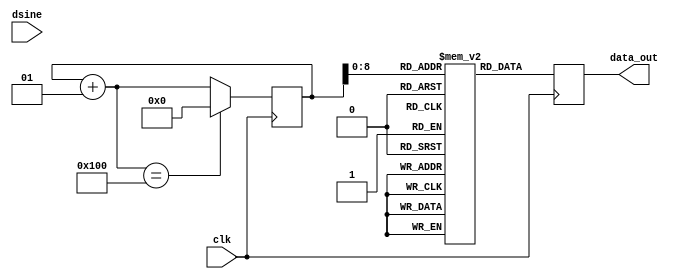
module inderjit_d_sine(clk, dsine, data_out);
//declare input and output
    input clk;
    input dsine; 
    output [7:0] data_out;
//8 bit Sine lookup table   
    reg [7:0] sine [0:256];
//Internal signals  
    integer i;  
    reg [7:0] data_out; 
 //Initialize the sine values with samples. 

        initial begin
        i = 0;
        sine[0] = 0;
        sine[1] = 2;
        sine[2] = 5;
        sine[3] = 7;
        sine[4] = 10;
        sine[5] = 12;
        sine[6] = 15;
        sine[7] = 17;
        sine[8] = 19;
        sine[9] = 22;
        sine[10] = 24;
        sine[11] = 27;
        sine[12] = 29;
        sine[13] = 31;
        sine[14] = 34;
        sine[15] = 36;
        sine[16] = 39;
         sine[17] = 40;
        sine[18] = 43;
        sine[19] = 45;
        sine[20] = 47;
        sine[21] = 49;
        sine[22] = 51;
        sine[23] = 53;
        sine[24] = 55;
        sine[25] = 57;
        sine[26] = 59;
        sine[27] = 61;
        sine[28] = 63;
        sine[29] = 65;
        sine[30] = 67;
        sine[31] = 69;
        sine[32] = 70;
        sine[33] = 72;
         sine[34] = 74;
        sine[35] = 75;
        sine[36] = 77;
        sine[37] = 79;
        sine[38] = 80;
        sine[39] = 82;
        sine[40] = 83;
        sine[41] = 84;
        sine[42] = 86;
        sine[43] = 87;
        sine[44] = 88;
        sine[45] = 89;
        sine[46] = 90;
        sine[47] = 91;
        sine[48] = 92;
        sine[49] = 93;
        sine[50] = 94;
         sine[51] = 95;
        sine[52] = 96;
        sine[53] = 96;
        sine[54] = 97;
        sine[55] = 97;
        sine[56] = 98;
        sine[57] = 98;
        sine[58] = 99;
        sine[59] = 99;
        sine[60] = 99;
        sine[61] = 99;
        sine[62] = 100;
        sine[63] = 100;
        sine[64] = 100;
        sine[65] = 100;
        sine[66] = 100;
        sine[67] = 99;
         sine[68] = 99;
        sine[69] = 99;
        sine[70] = 99;
        sine[71] = 98;
        sine[72] = 98;
        sine[73] = 97;
        sine[74] = 97;
        sine[75] = 96;
        sine[76] = 96;
        sine[77] = 95;
        sine[78] = 94;
        sine[79] = 93;
        sine[80] = 92;
        sine[81] = 91;
        sine[82] = 90;
        sine[83] = 89;
        sine[84] = 88;
         sine[85] = 87;
        sine[86] = 86;
        sine[87] = 84;
        sine[88] = 83;
        sine[89] = 81;
        sine[90] = 80;
        sine[91] = 78;
        sine[92] = 77;
        sine[93] = 75;
        sine[94] = 74;
        sine[95] = 72;
        sine[96] = 70;
        sine[97] = 68;
        sine[98] = 67;
        sine[99] = 65;
        sine[100] = 63;
        sine[101] = 61;
         sine[102] = 59;
        sine[103] = 57;
        sine[104] = 55;
        sine[105] = 53;
        sine[106] = 51;
        sine[107] = 49;
        sine[108] = 47;
        sine[109] = 45;
        sine[110] = 42;
        sine[111] = 40;
        sine[112] = 38;
        sine[113] = 36;
        sine[114] = 34;
        sine[115] = 31;
        sine[116] = 29;
        sine[117] = 27;
        sine[118] = 24;
         sine[119] = 22;
        sine[120] = 19;
        sine[121] = 17;
        sine[122] = 15;
        sine[123] = 12;
        sine[124] = 10;
        sine[125] = 7;
        sine[126] = 5;
           sine[127] = 2;
           sine[128] = 0;
        sine[129] = -2;
        sine[130] = -5;
        sine[131] = -7;
        sine[132] = -10;
        sine[133] = -12;
        sine[134] = -15;
        sine[135] = -17;
        sine[136] = -19;
        sine[137] = -22;
        sine[138] = -24;
        sine[139] = -27;
        sine[140] = -29;
        sine[141] = -31;
        sine[142] = -34;
        sine[143] = -36;
        sine[144] = -39;
         sine[145] = -40;
        sine[146] = -43;
        sine[147] = -45;
        sine[148] = -47;
        sine[149] = -49;
        sine[150] = -51;
        sine[151] = -53;
        sine[152] = -55;
        sine[153] = -57;
        sine[154] = -59;
        sine[155] = -61;
        sine[156] = -63;
        sine[157] = -65;
        sine[158] = -67;
        sine[159] = -69;
        sine[160] = -70;
        sine[161] = -72;
         sine[162] = -74;
        sine[163] = -75;
        sine[164] = -77;
        sine[165] = -79;
        sine[166] = -80;
        sine[167] = -82;
        sine[168] = -83;
        sine[169] = -84;
        sine[170] = -86;
        sine[171] = -87;
        sine[172] = -88;
        sine[173] = -89;
        sine[174] = -90;
        sine[175] = -91;
        sine[176] = -92;
        sine[177] = -93;
        sine[178] = -94;
         sine[179] = -95;
        sine[180] = -96;
        sine[181] = -96;
        sine[182] = -97;
        sine[183] = -97;
        sine[184] = -98;
        sine[185] = -98;
        sine[186] = -99;
        sine[187] = -99;
        sine[188] = -99;
        sine[189] = -99;
        sine[190] = -100;
        sine[191] = -100;
        sine[192] = -100;
        sine[193] = -100;
        sine[194] = -100;
        sine[195] = -99;
         sine[196] = -99;
        sine[197] = -99;
        sine[198] = -99;
        sine[199] = -98;
        sine[200] = -98;
        sine[201] = -97;
        sine[202] = -97;
        sine[203] = -96;
        sine[204] = -96;
        sine[205] = -95;
        sine[206] = -94;
        sine[207] = -93;
        sine[208] = -92;
        sine[209] = -91;
        sine[210] = -90;
        sine[211] = -89;
        sine[212] = -88;
         sine[213] = -87;
        sine[214] = -86;
        sine[215] = -84;
        sine[216] = -83;
        sine[217] = -81;
        sine[218] = -80;
        sine[219] = -78;
        sine[220] = -77;
        sine[221] = -75;
        sine[222] = -74;
        sine[223] = -72;
        sine[224] = -70;
        sine[225] = -68;
        sine[226] = -67;
        sine[227] = -65;
        sine[228] = -63;
        sine[229] = -61;
         sine[230] = -59;
        sine[231] = -57;
        sine[232] = -55;
        sine[233] = -53;
        sine[234] = -51;
        sine[235] = -49;
        sine[236] = -47;
        sine[237] = -45;
        sine[238] = -42;
        sine[239] = -40;
        sine[240] = -38;
        sine[241] = -36;
        sine[242] = -34;
        sine[243] = 31;
        sine[244] = -29;
        sine[245] = -27;
        sine[246] = -24;
         sine[247] = -22;
        sine[248] = -19;
        sine[249] = -17;
        sine[250] = -15;
        sine[251] = -12;
        sine[252] = -10;
        sine[253] = -7;
        sine[254] = -5;
           sine[255] = -2;
           sine[256] = 0;
        
    end

    
    //At every positive edge of the clock, output a sine wave sample.
    always@ (posedge clk)
    begin
        data_out = sine[i];
        i = i+ 1;
        if(i == 256)
            i = 0;
    end

endmodule